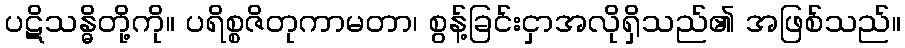
ပဋိသန္ဓိတို့ကို။ ပရိစ္စဇိတုကာမတာ၊ စွန့်ခြင်းငှာအလိုရှိသည်၏ အဖြစ်သည်။